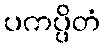
ပကပ္ပိတံ